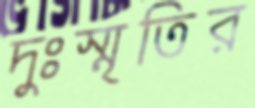
দুঃস্মৃতির